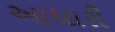
આધારી